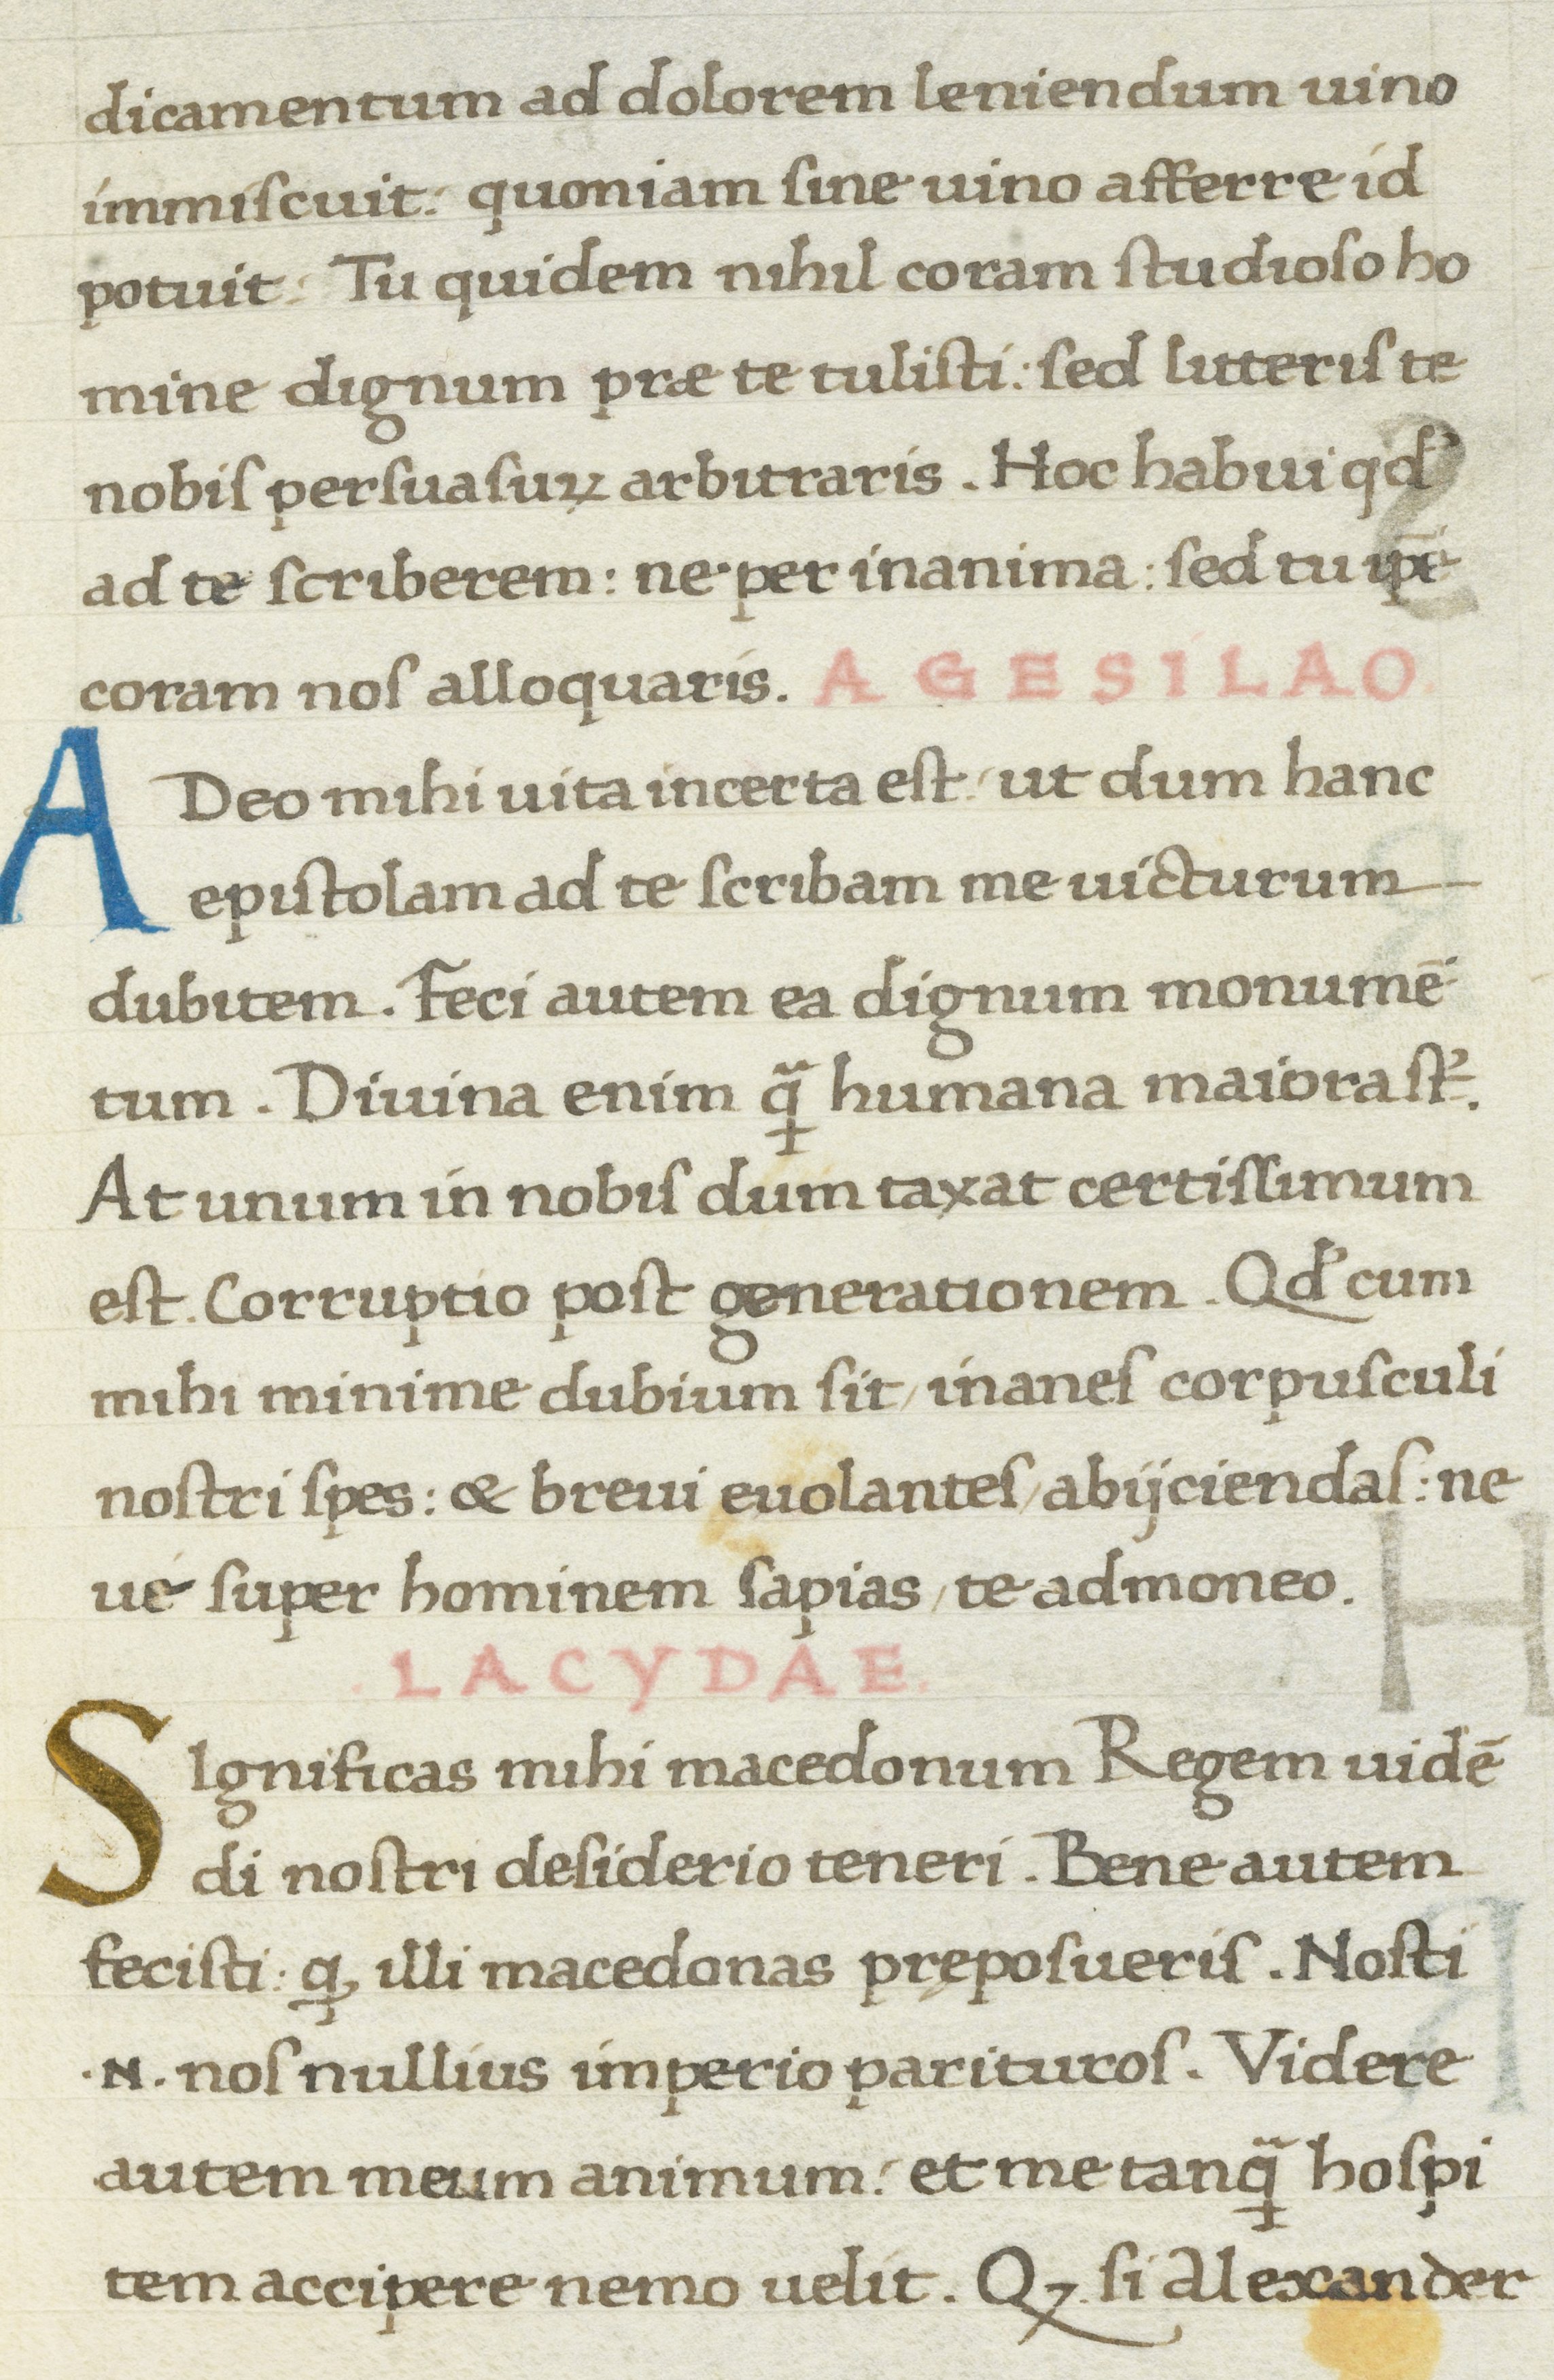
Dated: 1467–1468